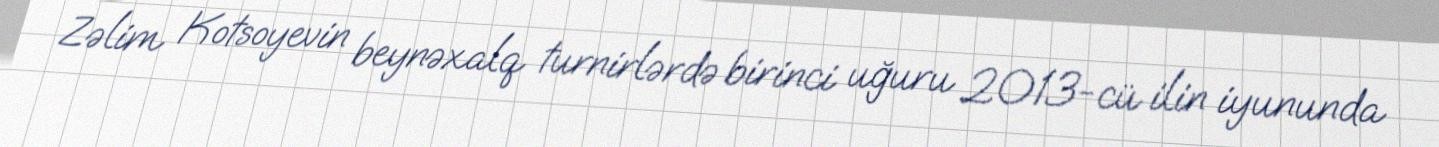
Zəlim Kotsoyevin beynəxalq turnirlərdə birinci uğuru 2013-cü ilin iyununda